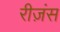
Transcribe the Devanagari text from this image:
रीज़ंस